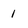
Character: 1